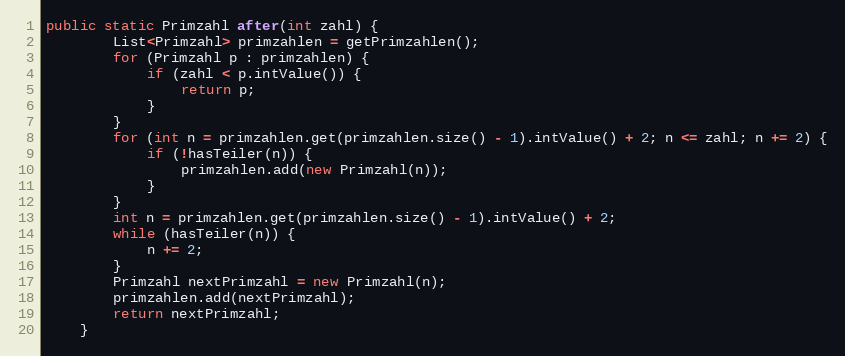
Language: Java
public static Primzahl after(int zahl) {
        List<Primzahl> primzahlen = getPrimzahlen();
        for (Primzahl p : primzahlen) {
            if (zahl < p.intValue()) {
                return p;
            }
        }
        for (int n = primzahlen.get(primzahlen.size() - 1).intValue() + 2; n <= zahl; n += 2) {
            if (!hasTeiler(n)) {
                primzahlen.add(new Primzahl(n));
            }
        }
        int n = primzahlen.get(primzahlen.size() - 1).intValue() + 2;
        while (hasTeiler(n)) {
            n += 2;
        }
        Primzahl nextPrimzahl = new Primzahl(n);
        primzahlen.add(nextPrimzahl);
        return nextPrimzahl;
    }